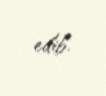
edib.